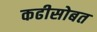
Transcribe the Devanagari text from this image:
कढीसोबत